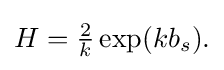
{\textstyle H={\frac {2}{k}}\exp(kb_{s}).}